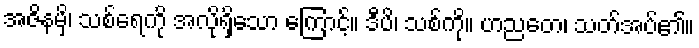
အဇိနမှိ၊ သစ်ရေကို အလိုရှိသော ကြောင့်။ ဒီပိ၊ သစ်ကို။ ဟညတေ၊ သတ်အပ်၏။